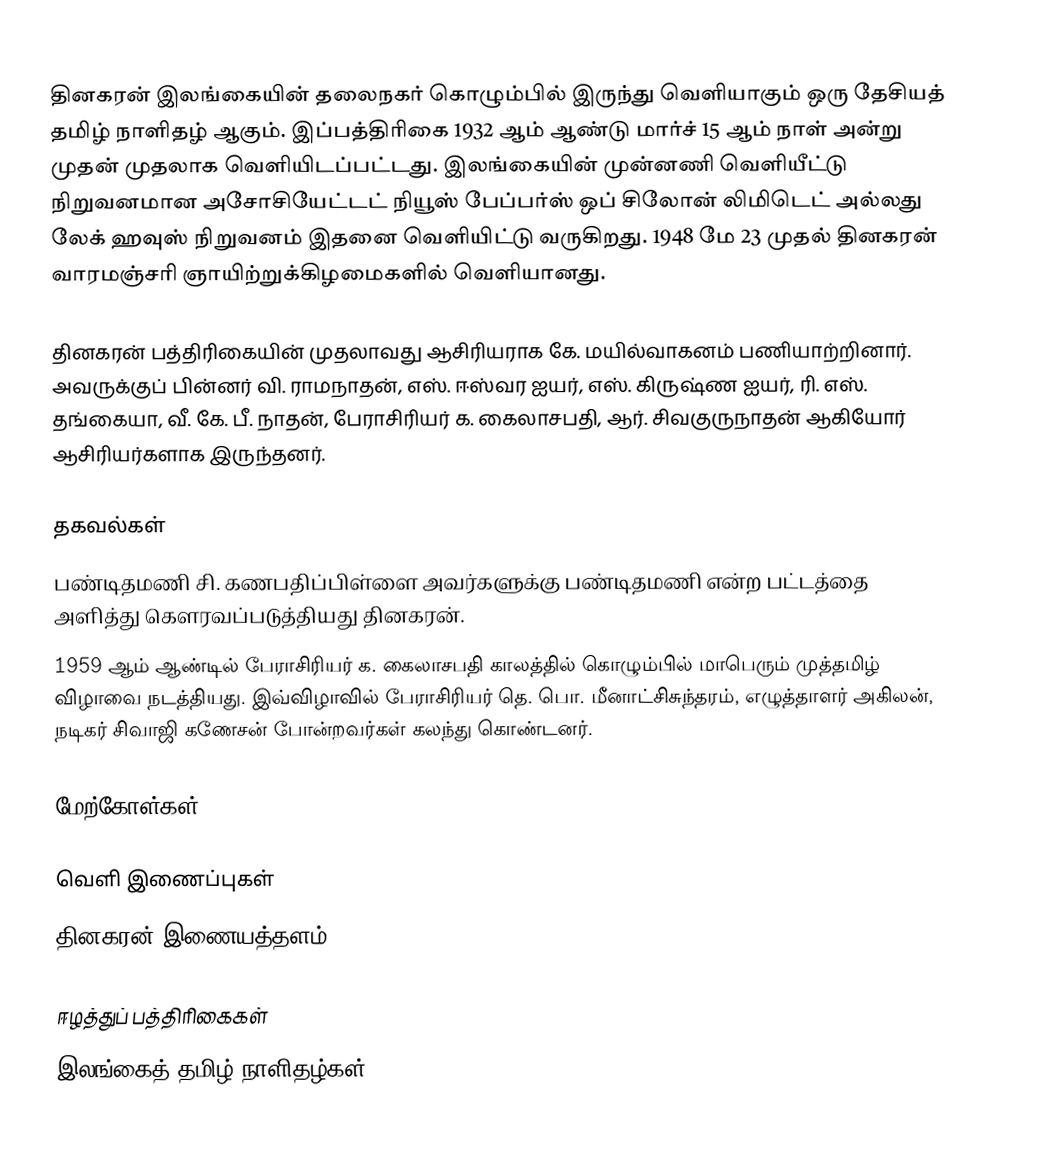
தினகரன் இலங்கையின் தலைநகர் கொழும்பில் இருந்து வெளியாகும் ஒரு தேசியத் தமிழ் நாளிதழ் ஆகும். இப்பத்திரிகை 1932 ஆம் ஆண்டு மார்ச் 15 ஆம் நாள் அன்று முதன் முதலாக வெளியிடப்பட்டது. இலங்கையின் முன்னணி வெளியீட்டு நிறுவனமான அசோசியேட்டட் நியூஸ் பேப்பர்ஸ் ஒப் சிலோன் லிமிடெட் அல்லது லேக் ஹவுஸ் நிறுவனம் இதனை வெளியிட்டு வருகிறது. 1948 மே 23 முதல் தினகரன் வாரமஞ்சரி ஞாயிற்றுக்கிழமைகளில் வெளியானது.

தினகரன் பத்திரிகையின் முதலாவது ஆசிரியராக கே. மயில்வாகனம் பணியாற்றினார். அவருக்குப் பின்னர் வி. ராமநாதன், எஸ். ஈஸ்வர ஐயர், எஸ். கிருஷ்ண ஐயர், ரி. எஸ். தங்கையா, வீ. கே. பீ. நாதன், பேராசிரியர் க. கைலாசபதி, ஆர். சிவகுருநாதன் ஆகியோர் ஆசிரியர்களாக இருந்தனர்.

தகவல்கள்
பண்டிதமணி சி. கணபதிப்பிள்ளை அவர்களுக்கு பண்டிதமணி என்ற பட்டத்தை அளித்து கெளரவப்படுத்தியது தினகரன்.
1959 ஆம் ஆண்டில் பேராசிரியர் க. கைலாசபதி காலத்தில் கொழும்பில் மாபெரும் முத்தமிழ் விழாவை நடத்தியது. இவ்விழாவில் பேராசிரியர் தெ. பொ. மீனாட்சிசுந்தரம், எழுத்தாளர் அகிலன், நடிகர் சிவாஜி கணேசன் போன்றவர்கள் கலந்து கொண்டனர்.

மேற்கோள்கள்

வெளி இணைப்புகள்
தினகரன் இணையத்தளம்

ஈழத்துப் பத்திரிகைகள்
இலங்கைத் தமிழ் நாளிதழ்கள்